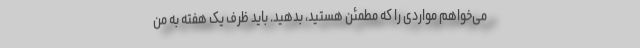
می‌خواهم مواردی را که مطمئن هستید، بدهید. باید ظرف یک هفته به من